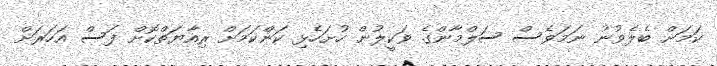
ކަމަށް ބެލެވުނު ނަމަވެސް ސަލްމާންގެ ވަކީލުން ހުށަހެޅި ކަންކަމަށް ރިއާޔަތްކޮށް ފަސް އަހަރަށް